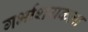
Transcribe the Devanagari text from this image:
गर्भाशयकला